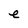
Character: e